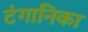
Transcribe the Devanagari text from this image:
टंगानिका